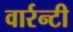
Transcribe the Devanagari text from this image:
वार्रन्टी